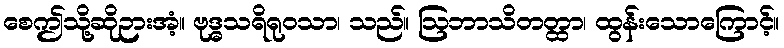
စေဤသို့ဆိုဉားအံ့။ ဗုဒ္ဓသရိရုဝသာ၊ သည်။ ဩဘာသိတတ္ထာ၊ ထွန်းသောကြောင့်။